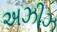
અઝીઝ